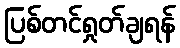
ပြစ်တင်ရှုတ်ချရန်